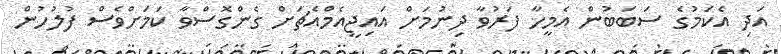
އަދި އެކަމުގެ ސަބަބުން އެމީހާ ފަރުވާ ދިނުމަށް އައިޖީއެމްއެޗަށް ގެންގޮސްވާ ކަމަށްވެސް ފުލުހުން